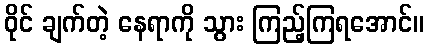
ဝိုင် ချက်တဲ့ နေရာကို သွား ကြည့်ကြရအောင်။